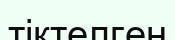
тіктелген